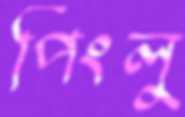
পিংলু